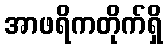
အာဖရိကတိုက်ရှိ